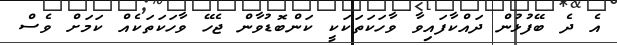
އެ ދެ ބޭފުޅުން ދައްކާފައިވާ ވާހަކަތަކަކީ ކަންބޮޑުވާން ޖެހޭ ވާހަކަތަކެއް ކަމަށް ވެސް